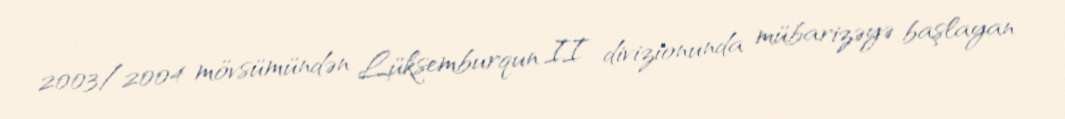
2003/2004 mövsümündən Lüksemburqun II divizionunda mübarizəyə başlayan